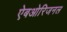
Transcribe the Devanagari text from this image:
ऐबओरिजनल